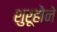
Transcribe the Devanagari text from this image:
शुरूहोने